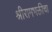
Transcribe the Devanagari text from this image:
श्रीरामभक्तीचा